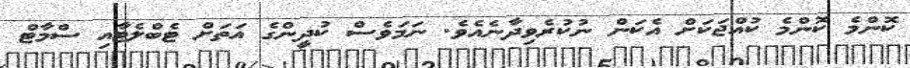
ކޮންމެ ކޮންމެ ކުއްޖަކަށް އެކަން ނުކުރެވިދާނެއެވެ. ނަމަވެސް ކުދީންގެ އަތަށް ޓެބްލެޓާއި ސްމާޓް